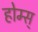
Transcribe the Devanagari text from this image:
होम्स्